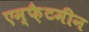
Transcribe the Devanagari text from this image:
एम्फ़ैटमीन